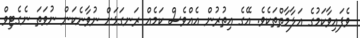
ވެފައިވާކަމުގެ އަލާމާތްތަކެވެ. އޭގެ އިތުރުން އެއްވެސް ކަމެއް ރަނގަޅަށް ނުވާނެކަން ނުވަތަ ނެގެޓިވް